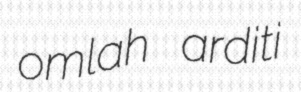
omlah arditi